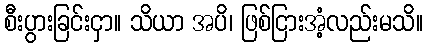
စီးပွားခြင်းငှာ။ သိယာ အပိ၊ ဖြစ်ငြားအံ့လည်းမသိ။